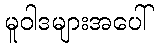
မူဝါဒများအပေါ်